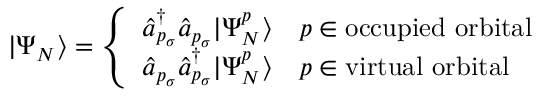
| \Psi _ { N } \rangle = \left\{ \begin{array} { l l } { \hat { a } _ { p _ { \sigma } } ^ { \dagger } \hat { a } _ { p _ { \sigma } } | \Psi _ { N } ^ { p } \rangle } & { p \in \mathrm { o c c u p i e d ~ o r b i t a l } } \\ { \hat { a } _ { p _ { \sigma } } \hat { a } _ { p _ { \sigma } } ^ { \dagger } | \Psi _ { N } ^ { p } \rangle } & { p \in \mathrm { v i r t u a l ~ o r b i t a l } } \end{array} \right.